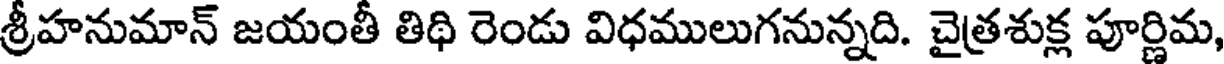
శ్రీహనుమాన్ జయంతీ తిథి రెండు విధములుగనున్నది. చైత్రశుక్ల పూర్ణిమ,